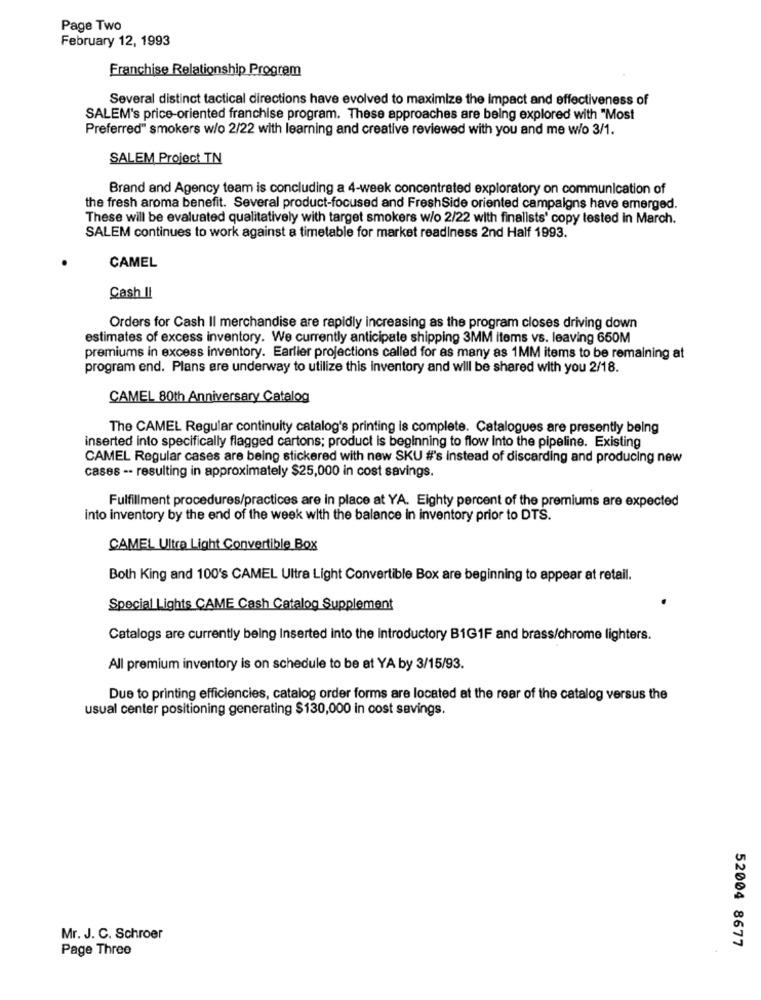
Page Two
February 12, 1993
Franchise Relationship Program
Several distinct tactical directions have evolved to maximize the impact and effectiveness of
SALEM's price-oriented franchise program. These approaches are being explored with "Most
Preferred" smokers w/o 2/22 with learning and creative reviewed with you and me wio 3/1.
SALEM Project TN
Brand and Agency team is concluding a 4-week concentrated exploratory on communication of
the fresh aroma benefit. Several product-focused and FreshSide oriented campaigns have emerged.
These will be evaluated qualitatively with target smokers w/o 2/22 with finalists' copy tested in March.
SALEM continues to work against a timetable for market readiness 2nd Half 1993.
CAMEL
Cash II
Orders for Cash Il merchandise are rapidly increasing as the program closes driving down
estimates of excess inventory. We currently anticipate shipping 3MM items vs. leaving 650M
premiums in excess inventory. Earlier projections called for as many as 1MM items to be remaining at
program end. Plans are underway to utilize this inventory and will be shared with you 2/18.
CAMEL 80th Anniversary Catalog
The CAMEL Regular continuity catalog's printing is complete. Catalogues are presently being
inserted into specifically flagged cartons; product is beginning to flow Into the pipeline. Existing
CAMEL Regular cases are being stickered with new SKU #'s instead of discarding and producing new
cases -- resulting in approximately $25,000 in cost savings.
Fulfillment procedures/practices are in place at YA. Eighty percent of the premiums are expected
into inventory by the end of the week with the balance in inventory prior to DTS.
CAMEL Ultra Light Convertible Box
Both King and 100's CAMEL Ultra Light Convertible Box are beginning to appear at retail.
Special Lights CAME Cash Catalog Supplement
Catalogs are currently being Inserted into the introductory B1G1F and brass/chrome lighters.
All premium inventory is on schedule to be at YA by 3/15/93.
Due to printing efficiencies, catalog order forms are located at the rear of the catalog versus the
usual center positioning generating $130,000 in cost savings.
Mr. J. C. Schroer
Page Three
52004 8677